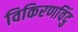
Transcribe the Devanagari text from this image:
विकिरणविंदु